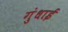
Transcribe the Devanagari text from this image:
गुंधाई